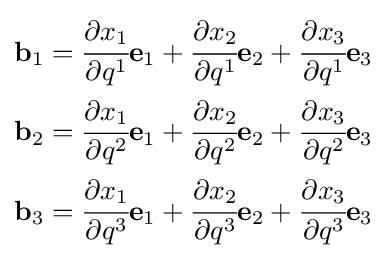
{\begin{aligned}\mathbf {b} _{1}&={\cfrac {\partial x_{1}}{\partial q^{1}}}\mathbf {e} _{1}+{\cfrac {\partial x_{2}}{\partial q^{1}}}\mathbf {e} _{2}+{\cfrac {\partial x_{3}}{\partial q^{1}}}\mathbf {e} _{3}\\\mathbf {b} _{2}&={\cfrac {\partial x_{1}}{\partial q^{2}}}\mathbf {e} _{1}+{\cfrac {\partial x_{2}}{\partial q^{2}}}\mathbf {e} _{2}+{\cfrac {\partial x_{3}}{\partial q^{2}}}\mathbf {e} _{3}\\\mathbf {b} _{3}&={\cfrac {\partial x_{1}}{\partial q^{3}}}\mathbf {e} _{1}+{\cfrac {\partial x_{2}}{\partial q^{3}}}\mathbf {e} _{2}+{\cfrac {\partial x_{3}}{\partial q^{3}}}\mathbf {e} _{3}\end{aligned}}